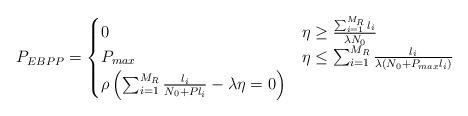
LaTeX: \begin{align*}P_{EBPP} = \begin{cases} 0 & \eta \geq \frac{\sum_{i=1}^{M_R}l_i}{\lambda N_0} \\ P_{max} & \eta \leq \sum_{i=1}^{M_R}\frac{ {l_i}}{\lambda\left(N_0 + P_{max} l_i\right)}\\ \rho\left(\sum_{i=1}^{M_R}\frac{l_i}{N_0 + P l_i} - \lambda \eta =0 \right) & \end{cases}\end{align*}